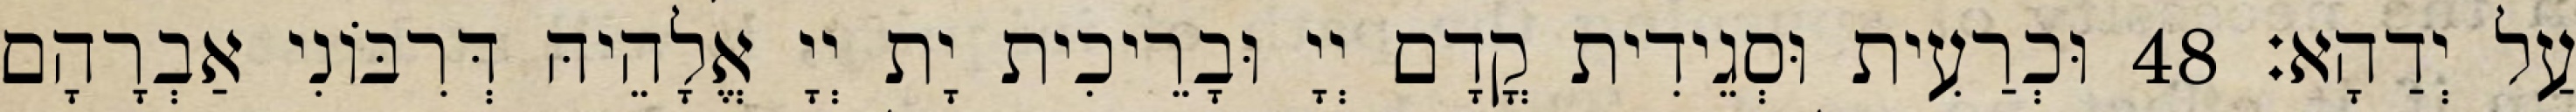
עַל יְדַהָא׃ 48 וּכְרַעִית וּסְגֵידִית קֳדָם יְיָ וּבָרֵיכִית יָת יְיָ אֱלָהֵיהּ דְּרִבּוֹנִי אַבְרָהָם